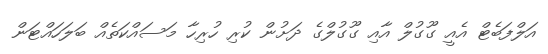
އަލްފަބެޓް އެއީ ގޫގުލް އާއި ގޫގުލްގެ ދަށުން ކުރި ހުރިހާ މަސައްކަތެއް ބަލަހައްޓަން